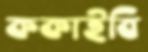
ককাইবি